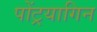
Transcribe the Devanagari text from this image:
पोंट्रयागिन